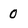
Character: 0